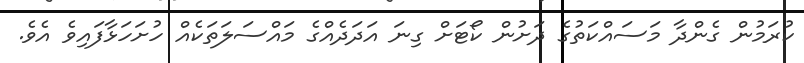
ކުރަމުން ގެންދާ މަސައްކަތުގެ ދަށުން ކޯޓަށް ގިނަ އަދަދެއްގެ މައްސަލަތަކެއް ހުށަހަޅާފައިވެ އެވެ.